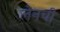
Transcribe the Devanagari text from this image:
लेनची